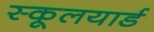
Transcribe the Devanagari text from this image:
स्कूलयार्ड